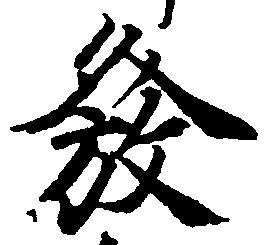
発